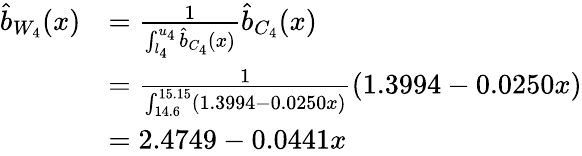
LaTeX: \begin{array}{rl}{\widehat{b}_{W_{4}}(x)}&{=\frac{1}{\int_{l_{4}}^{u_{4}}\widehat{b}_{C_{4}}(x)}\widehat{b}_{C_{4}}(x)}\\ &{=\frac{1}{\int_{14.6}^{15.15}(1.3994-0.0250x)}(1.3994-0.0250x)}\\ &{=2.4749-0.0441x}\end{array}